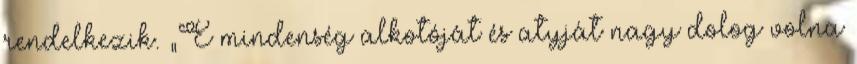
rendelkezik. „E mindenség alkotóját és atyját nagy dolog volna